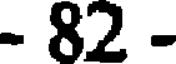
- 82 -